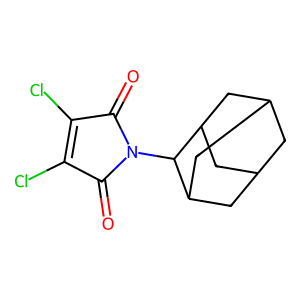
SMILES: O=C1C(Cl)=C(Cl)C(=O)N1C1C2CC3CC(C2)CC1C3
Inhibits HIV replication: No